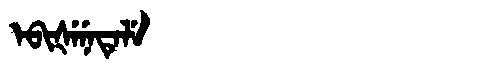
Manchu: ᡝᠪᡳᡧᡝᠨᡝᡨᡝᠯᡝ
Romanization: EBIŠENETELE